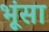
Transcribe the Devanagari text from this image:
भूंसा